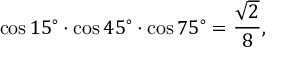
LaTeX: \cos 1 5 ^ { \circ } \cdot \cos 4 5 ^ { \circ } \cdot \cos 7 5 ^ { \circ } = { \frac { \sqrt { 2 } } { 8 } } ,